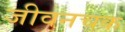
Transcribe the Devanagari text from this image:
जीवनचक